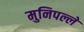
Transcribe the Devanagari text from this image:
मुनिपल्ले